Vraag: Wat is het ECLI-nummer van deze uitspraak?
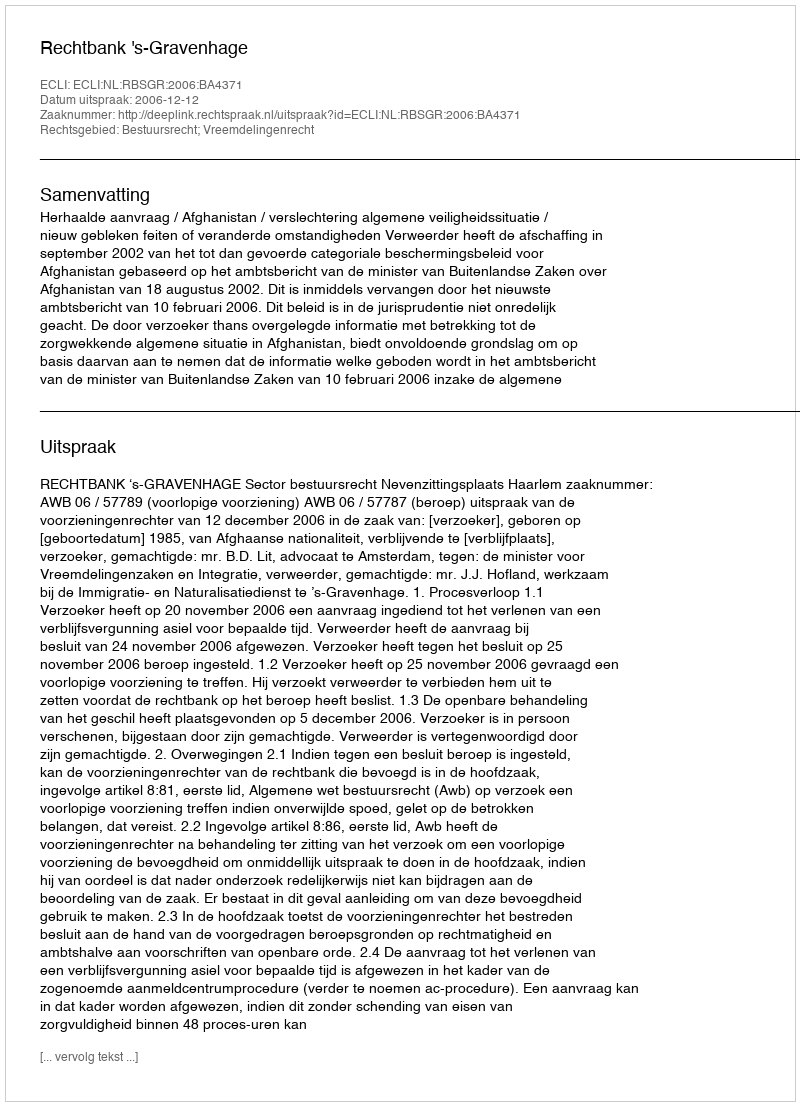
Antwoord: ECLI:NL:RBSGR:2006:BA4371